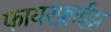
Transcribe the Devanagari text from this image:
फायरफ्लाईझ